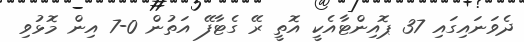
ދެވަނައިގައި 37 ޕޮއިންޓާއެކީ އޮތީ ރޭ ގެޓާފޭ އަތުން 0-7 އިން މޮޅުވި